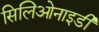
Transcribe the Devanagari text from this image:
सिलिओनाइडी